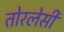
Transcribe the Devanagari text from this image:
तोरलेसी